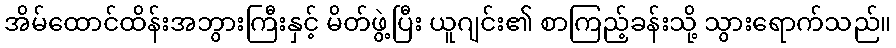
အိမ်ထောင်ထိန်းအဘွားကြီးနှင့် မိတ်ဖွဲ့ပြီး ယူဂျင်း၏ စာကြည့်ခန်းသို့ သွားရောက်သည်။